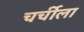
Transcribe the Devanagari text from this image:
चर्चीला